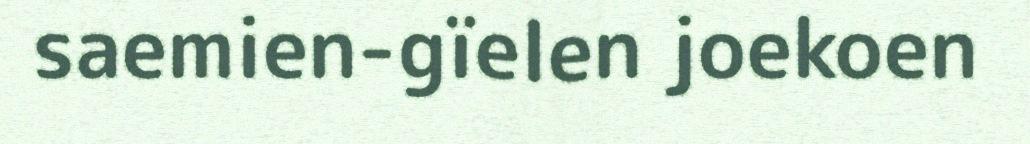
saemien-gïelen joekoen